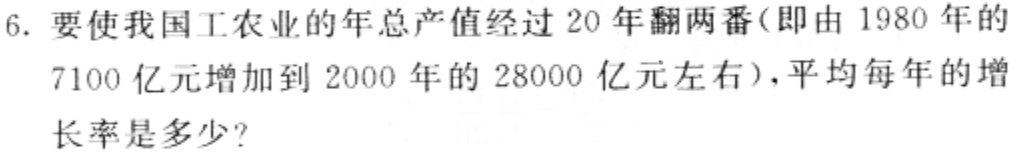
6. 要使我国工农业的年总产值经过 20 年翻两番(即由 1980 年的 7100 亿元增加到 2000 年的 28000 亿元左右),平均每年的增长率是多少?